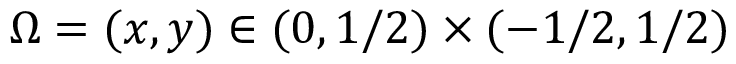
\Omega = ( x , y ) \in ( 0 , 1 / 2 ) \times ( - 1 / 2 , 1 / 2 )